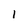
Character: l